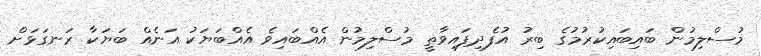
މުސްލިމުން ބައިބައިކުރުމުގެ ބިރު އުފެދިފައިވާތީ މުސްލިމުން އެއްބައިވެ އެއްބަޔަކު އަނެއް ބަޔަކާ ރަނގަޅަށް